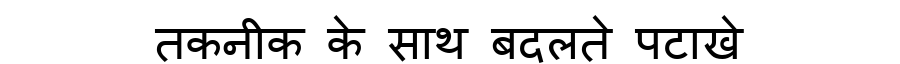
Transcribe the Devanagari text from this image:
तकनीक के साथ बदलते पटाखे